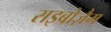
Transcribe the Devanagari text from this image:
राइबोज़ैम